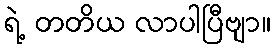
ရဲ့ တတိယ လာပါပြီဗျာ။